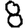
Digit: 8